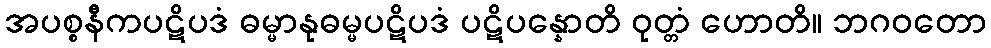
အပစ္စနီကပဋိပဒံ ဓမ္မာနုဓမ္မပဋိပဒံ ပဋိပန္နောတိ ဝုတ္တံ ဟောတိ။ ဘဂဝတော